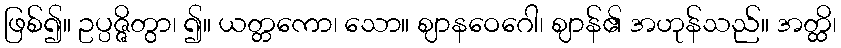
ဖြစ်၍။ ဥပ္ပဇ္ဇိတွာ၊ ၍။ ယတ္တကော၊ သော။ ဈာနဝေဂေါ၊ ဈာန်၏ အဟုန်သည်။ အတ္ထိ၊